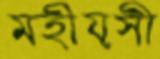
মহীয়সী